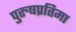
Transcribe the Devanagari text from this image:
पुरुषप्रतिमा